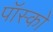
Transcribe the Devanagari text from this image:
पॉस्को